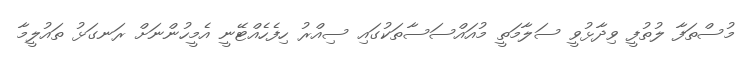
މުސްތަފާ ލުތުފީ ވިދާޅުވީ ސަލާމަތީ މުއައްސަސާތަކުގައި ސިއްރު ހިފެހެއްޓޭނީ އެމީހުންނަށް ރަނގަޅު ތައުލީމާ